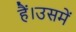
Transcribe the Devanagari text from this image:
हैं।उसमें